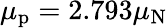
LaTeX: \mu_{\mathrm{p}}=2{.}793\mu_{\mathrm{N}}